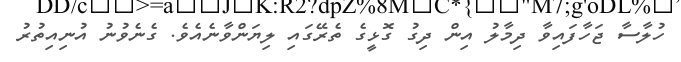
ހުލާސާ ޖަހާފައިވާ ދިމާލު އިން ދިގު ގޮޅީގެ ތެރޭގައި ލިޔަންވާނެއެވެ. ގެނެވުނު އުނިއިތުރު